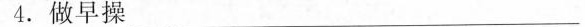
4.做早操_______________